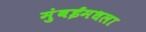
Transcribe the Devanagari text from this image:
मुंबईमधला